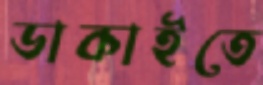
ডাকাইতে